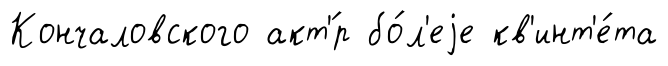
Кончаловского акт'́р бо́л'еjе кв'инт'е́та